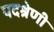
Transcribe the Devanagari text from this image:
पदश्रेणी